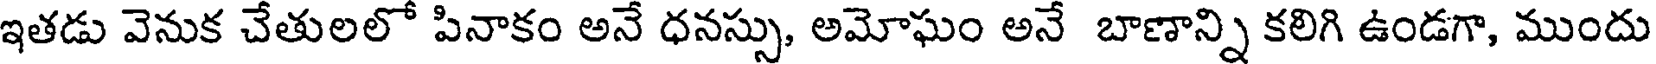
ఇతడు వెనుక చేతులలో పినాకం అనే ధనస్సు, అమోఘం అనే బాణాన్ని కలిగి ఉండగా, ముందు